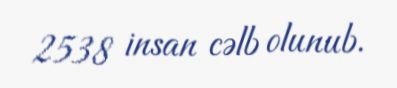
2538 insan cəlb olunub.